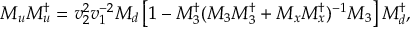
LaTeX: { \cal M } _ { u } { \cal M } _ { u } ^ { \dagger } = v _ { 2 } ^ { 2 } v _ { 1 } ^ { - 2 } { \cal M } _ { d } \left[ 1 - { \cal M } _ { 3 } ^ { \dagger } ( { \cal M } _ { 3 } { \cal M } _ { 3 } ^ { \dagger } + { \cal M } _ { x } { \cal M } _ { x } ^ { \dagger } ) ^ { - 1 } { \cal M } _ { 3 } \right] { \cal M } _ { d } ^ { \dagger } ,